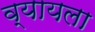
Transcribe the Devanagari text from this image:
व्यायला